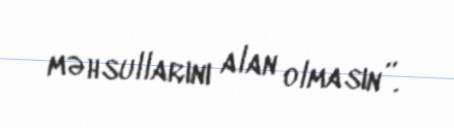
məhsullarını alan olmasın”.